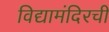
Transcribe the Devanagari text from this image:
विद्यामंदिरची